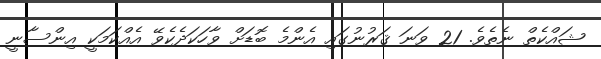
ޝައްކެތް ނެތެވެ. 21 ވަނަ ޤަރުނުގައި އެންމެ ބޮޑަށް ވާހަކަދެކެވޭ އެއްކަމަކީ އިންސާނީ